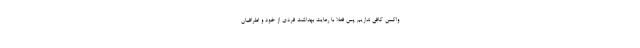
واکسن کافی نداریم پس فعلا با رعایت بهداشت فردی از خود و اطرافیان